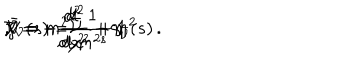
{ \cal V } = - \frac { d ^ { 2 } } { d y ^ { 2 } } + m ^ { 2 } \hspace { 0 . 4 c m } , \hspace { 0 . 4 c m } \bar { { \cal V } } = - \frac { d ^ { 2 } } { d x ^ { 2 } } + 1 \hspace { 0 . 4 c m } , \hspace { 0 . 4 c m } { \cal V } = m ^ { 2 } \bar { { \cal V } } \hspace { 0 . 4 c m } , \hspace { 0 . 4 c m } \zeta _ { \cal V } ( s ) = \frac { 1 } { m ^ { 2 s } } \zeta _ { \bar { { \cal V } } } ( s ) \, .